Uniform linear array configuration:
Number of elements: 24
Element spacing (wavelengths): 0.5
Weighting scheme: blackman
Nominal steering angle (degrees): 45
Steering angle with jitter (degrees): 44.006
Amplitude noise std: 0.05
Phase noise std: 0.05

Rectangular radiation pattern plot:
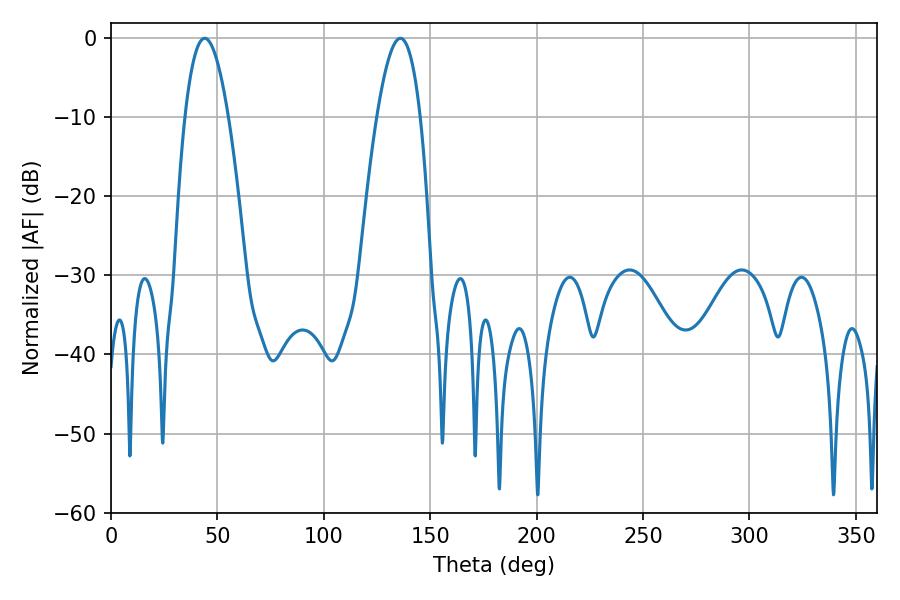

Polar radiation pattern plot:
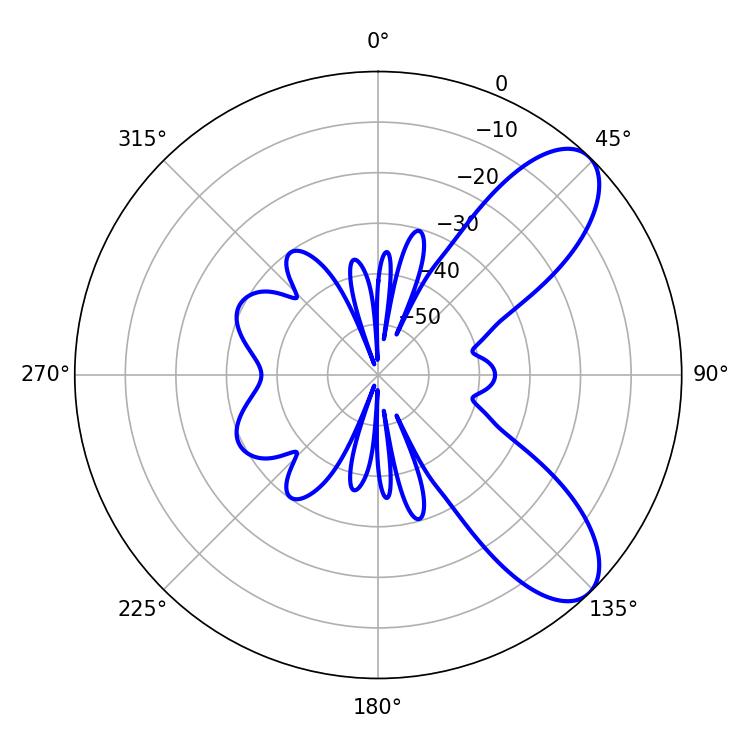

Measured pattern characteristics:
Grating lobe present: FALSE
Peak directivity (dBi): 8.341
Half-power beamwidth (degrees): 11.16
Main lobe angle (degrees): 44.1